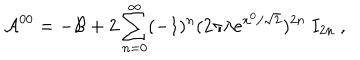
{ \cal A } ^ { 0 0 } = - { \cal B } + 2 \sum _ { n = 0 } ^ { \infty } ( - 1 ) ^ { n } ( 2 \pi \lambda e ^ { x ^ { 0 } / \sqrt { 2 } } ) ^ { 2 n } ~ I _ { 2 n } ~ ,